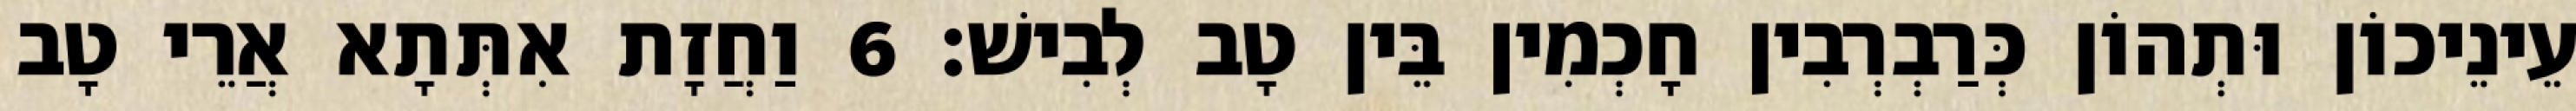
עֵינֵיכוֹן וּתְהוֹן כְּרַבְרְבִין חָכְמִין בֵּין טָב לְבִישׁ׃ 6 וַחֲזָת אִתְּתָא אֲרֵי טָב